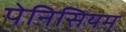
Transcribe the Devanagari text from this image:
पेनिसियम